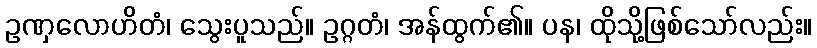
ဥဏှလောဟိတံ၊ သွေးပူသည်။ ဥဂ္ဂတံ၊ အန်ထွက်၏။ ပန၊ ထိုသို့ဖြစ်သော်လည်း။